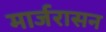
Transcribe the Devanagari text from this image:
मार्जरासन